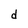
Character: d